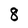
Character: 8